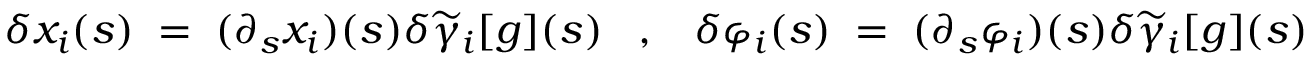
\delta x _ { i } ( s ) \; = \; ( \partial _ { s } x _ { i } ) ( s ) \delta \widetilde { \gamma } _ { i } [ g ] ( s ) \; \; \; , \; \; \; \delta \varphi _ { i } ( s ) \; = \; ( \partial _ { s } \varphi _ { i } ) ( s ) \delta \widetilde { \gamma } _ { i } [ g ] ( s ) \; \; \;